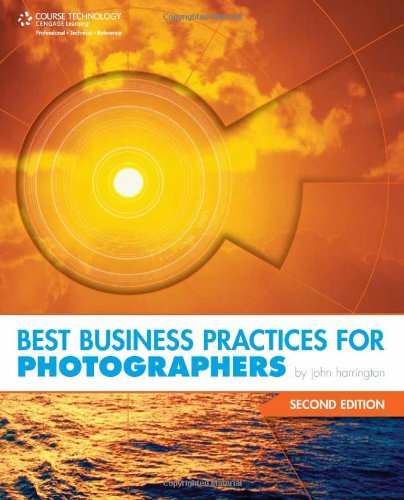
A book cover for Best Business Practices for Photographers, Second Edition; John Harrington; Arts & Photography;